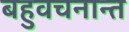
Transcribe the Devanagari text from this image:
बहुवचनान्त